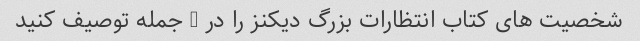
شخصیت های کتاب انتظارات بزرگ دیکنز را در 3 جمله توصیف کنید